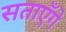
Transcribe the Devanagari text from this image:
सताएँगे